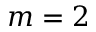
m = 2